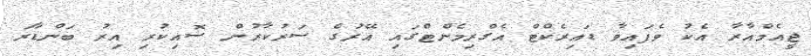
ޖީއެމްއާރާ އެކު ވެފައިވާ ޑައިރެކްޓް އެގްރިމެންޓްގައި އޭރުގެ ސަރުކާރުން ސޮއިކުރި އިރު ބަންޑާރަ